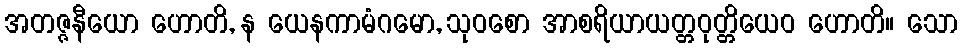
အတဇ္ဇနီယော ဟောတိ, န ယေနကာမံဂမော, သုဝစော အာစရိယာယတ္တဝုတ္တိယေဝ ဟောတိ။ သော